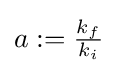
\textstyle a:={\frac {k_{f}}{k_{i}}}